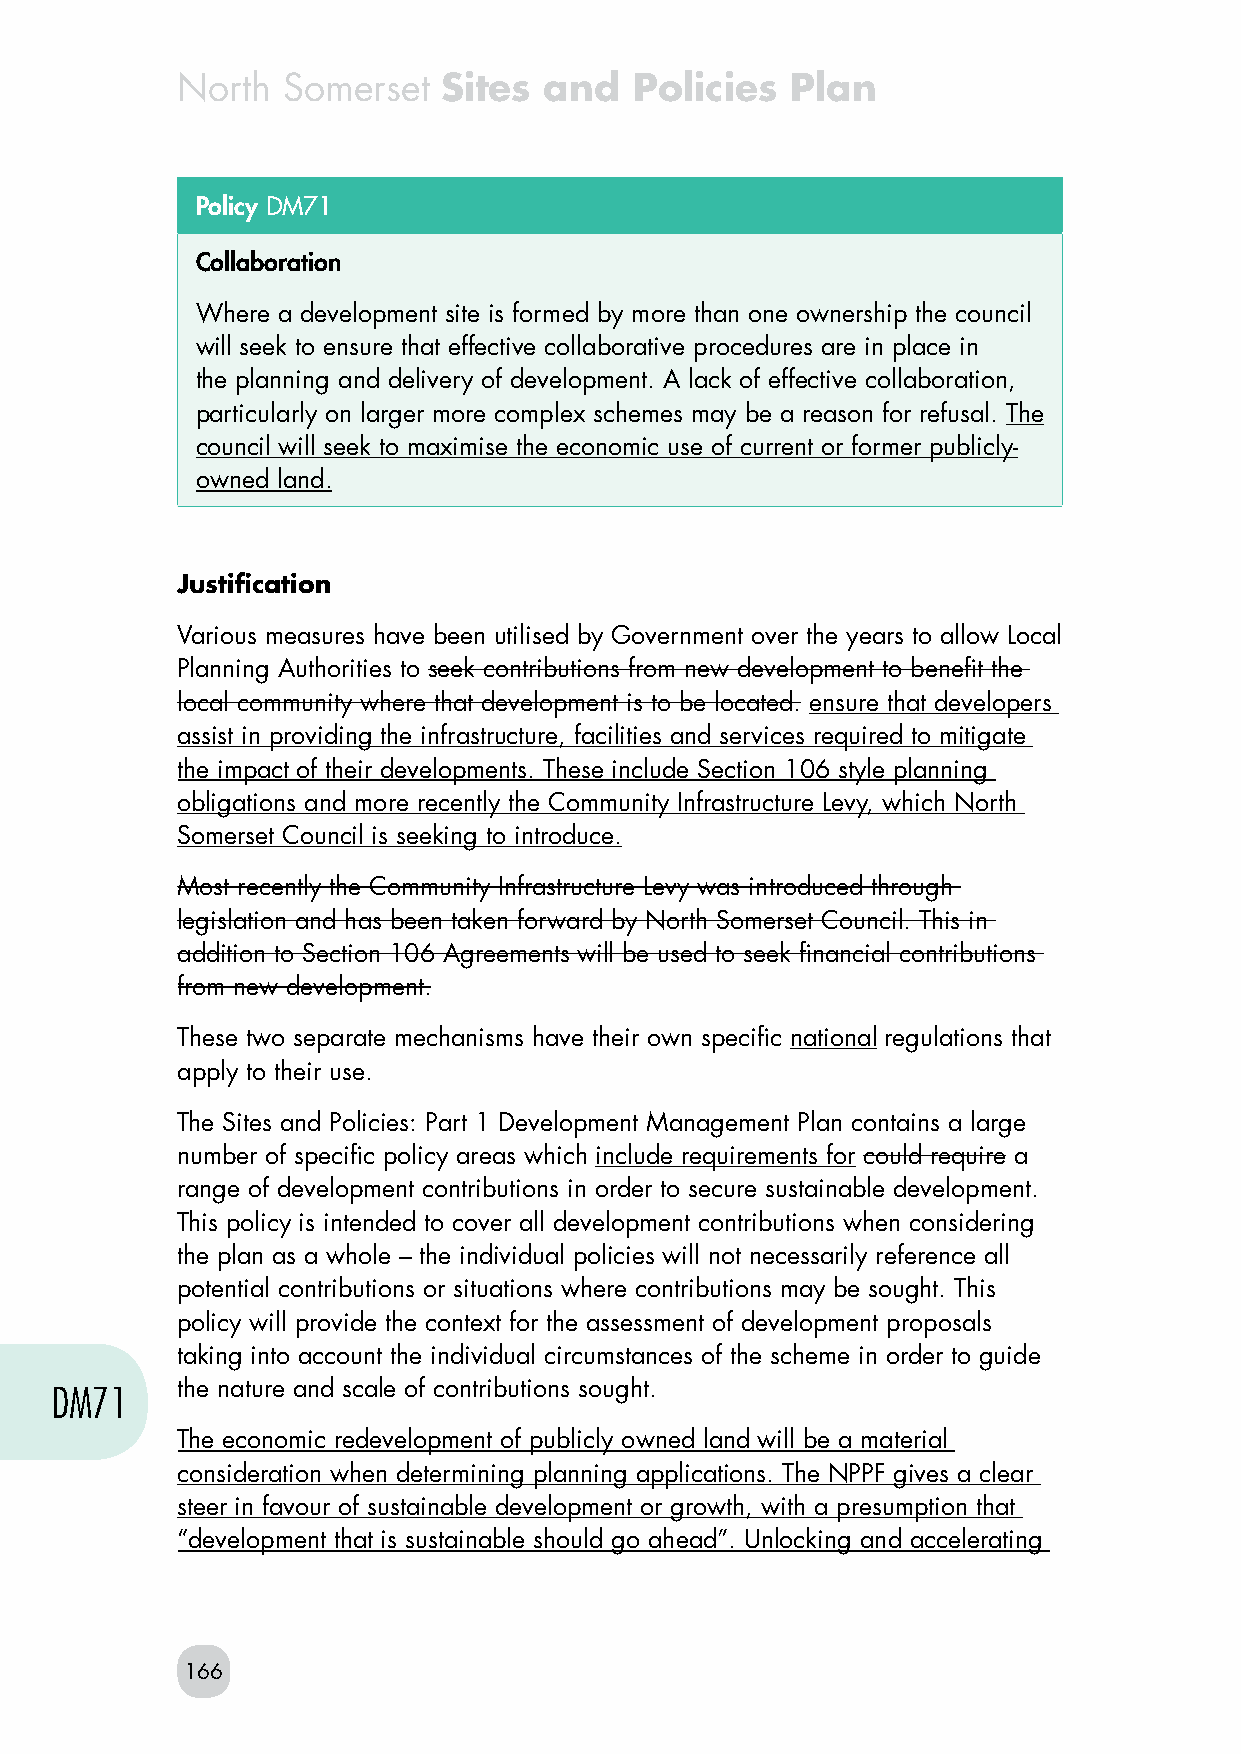
North  Somerset  Sites  and   Policies  Plan
 Policy DM71
 Collaboration
 Where a development site is formed by more than one ownership the council
 will seek to ensure that effective collaborative procedures are in place in
 the planning and delivery of development. A lack of effective collaboration,
 particularly on larger more complex schemes may be a reason for refusal. The
 council will seek to maximise the economic use of current or former publicly-
 owned land.
 Justification
 Various measures have been utilised by Government over the years to allow Local
 Planning Authorities to seek contributions from new development to benefit the
 local community where that development is to be located. ensure that developers
 assist in providing the infrastructure, facilities and services required to mitigate
 the impact of their developments. These include Section 106 style planning
 obligations and more recently the Community Infrastructure Levy, which North
 Somerset Council is seeking to introduce.
 Most recently the Community Infrastructure Levy was introduced through
 legislation and has been taken forward by North Somerset Council. This in
 addition to Section 106 Agreements will be used to seek financial contributions
 from new development.
 These two separate mechanisms have their own specific national regulations that
 apply to their use.
 The Sites and Policies: Part 1 Development Management Plan contains a large
 number of specific policy areas which include requirements for could require a
 range of development contributions in order to secure sustainable development.
 This policy is intended to cover all development contributions when considering
 the plan as a whole – the individual policies will not necessarily reference all
 potential contributions or situations where contributions may be sought. This
 policy will provide the context for the assessment of development proposals
 taking into account the individual circumstances of the scheme in order to guide
 DM71     the nature and scale of contributions sought.
 The economic redevelopment of publicly owned land will be a material
 consideration when determining planning applications. The NPPF gives a clear
 steer in favour of sustainable development or growth, with a presumption that
 “development that is sustainable should go ahead”. Unlocking and accelerating
 166